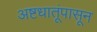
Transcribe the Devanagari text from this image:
अष्टधातूंपासून